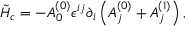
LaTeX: \tilde { \cal H } _ { c } = - A _ { 0 } ^ { ( 0 ) } \epsilon ^ { i j } \partial _ { i } \left( A _ { j } ^ { ( 0 ) } + A _ { j } ^ { ( 1 ) } \right) ,